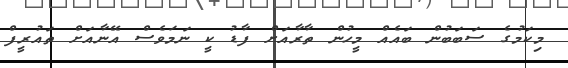
މިކަމުގެ ސަބަބުން ބައެއް މީހުން ތާރާއަށް ފާޑު ކީ ނަމަވެސް އޭނާއަށް ތައުރީފް